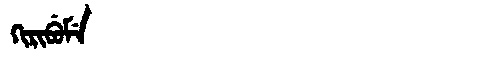
Manchu: ᡴᡳᡵᡳᠪᡠᠮᡝ
Romanization: KIRIBUME